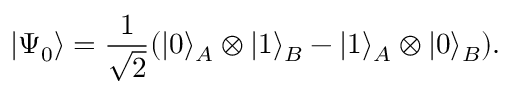
| \Psi _ { 0 } \rangle = \frac { 1 } { \sqrt { 2 } } ( \lvert 0 \rangle _ { A } \otimes \lvert 1 \rangle _ { B } - \lvert 1 \rangle _ { A } \otimes \lvert 0 \rangle _ { B } ) .